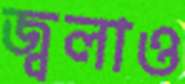
জ্বলাও